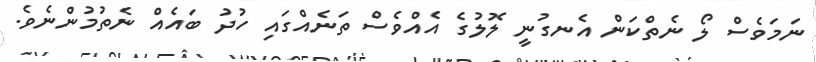
ނަމަވެސް ލޯ ނެތްކަން އެނގުނީ ލޮލުގެ އެއްވެސް ތަނެއްގައި ހުދު ބައެއް ނެތުމުންނެވެ.